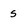
Character: S